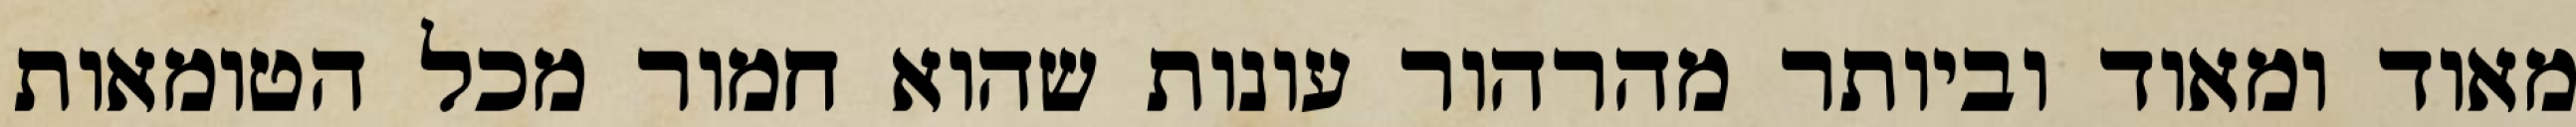
מאוד ומאוד וביותר מהרהור עונות שהוא חמור מכל הטומאות